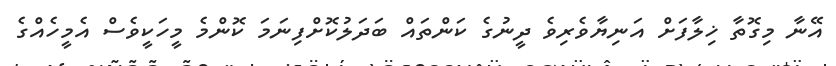
އޭނާ މިގޮތާ ޚިލާފަށް އަނިޔާވެރިވެ ދީނުގެ ކަންތައް ބަދަލުކޮށްފިނަމަ ކޮންމެ މީހަކީވެސް އެމީހެއްގެ